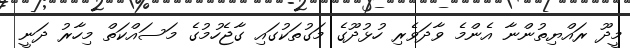
މީދޫ ރައްޔިތުންނާ އެންމެ ވާދަވެރި ހުޅުދޫގެ މަގުތަކުގައި ގާޖެހުމުގެ މަސައްކަތް މިހާރު ދަނީ